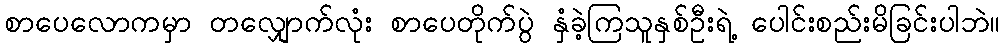
စာပေလောကမှာ တလျှောက်လုံး စာပေတိုက်ပွဲ နှံခဲ့ကြသူနှစ်ဦးရဲ့ ပေါင်းစည်းမိခြင်းပါဘဲ။